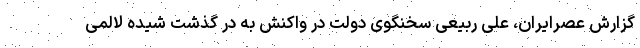
گزارش عصرایران، علی ربیعی سخنگوی دولت در واکنش به در گذشت شیده لالمی